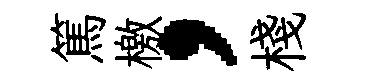
篤檄，棧